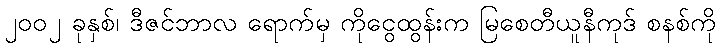
၂၀၀၂ ခုနှစ်၊ ဒီဇင်ဘာလ ရောက်မှ ကိုငွေထွန်းက မြစေတီယူနီကုဒ် စနစ်ကို